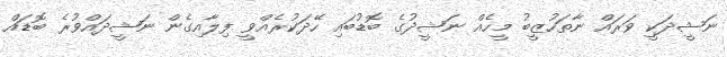
ނަޝީދަކީ ވަރައް ނާތަހުޒީބު މީހެއް ނަޝީދުގެ ބޮޑުބައި ހޭދަކުރެއްވީ ފިލާއިގެން ނަޝީދައްވުރެ ބޮޑައް